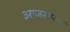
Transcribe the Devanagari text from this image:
३राजसमन्द